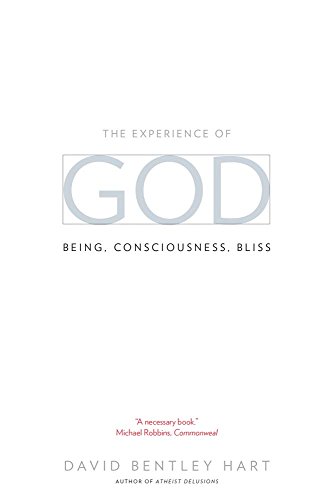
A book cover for The Experience of God: Being, Consciousness, Bliss; David Bentley Hart; Politics & Social Sciences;